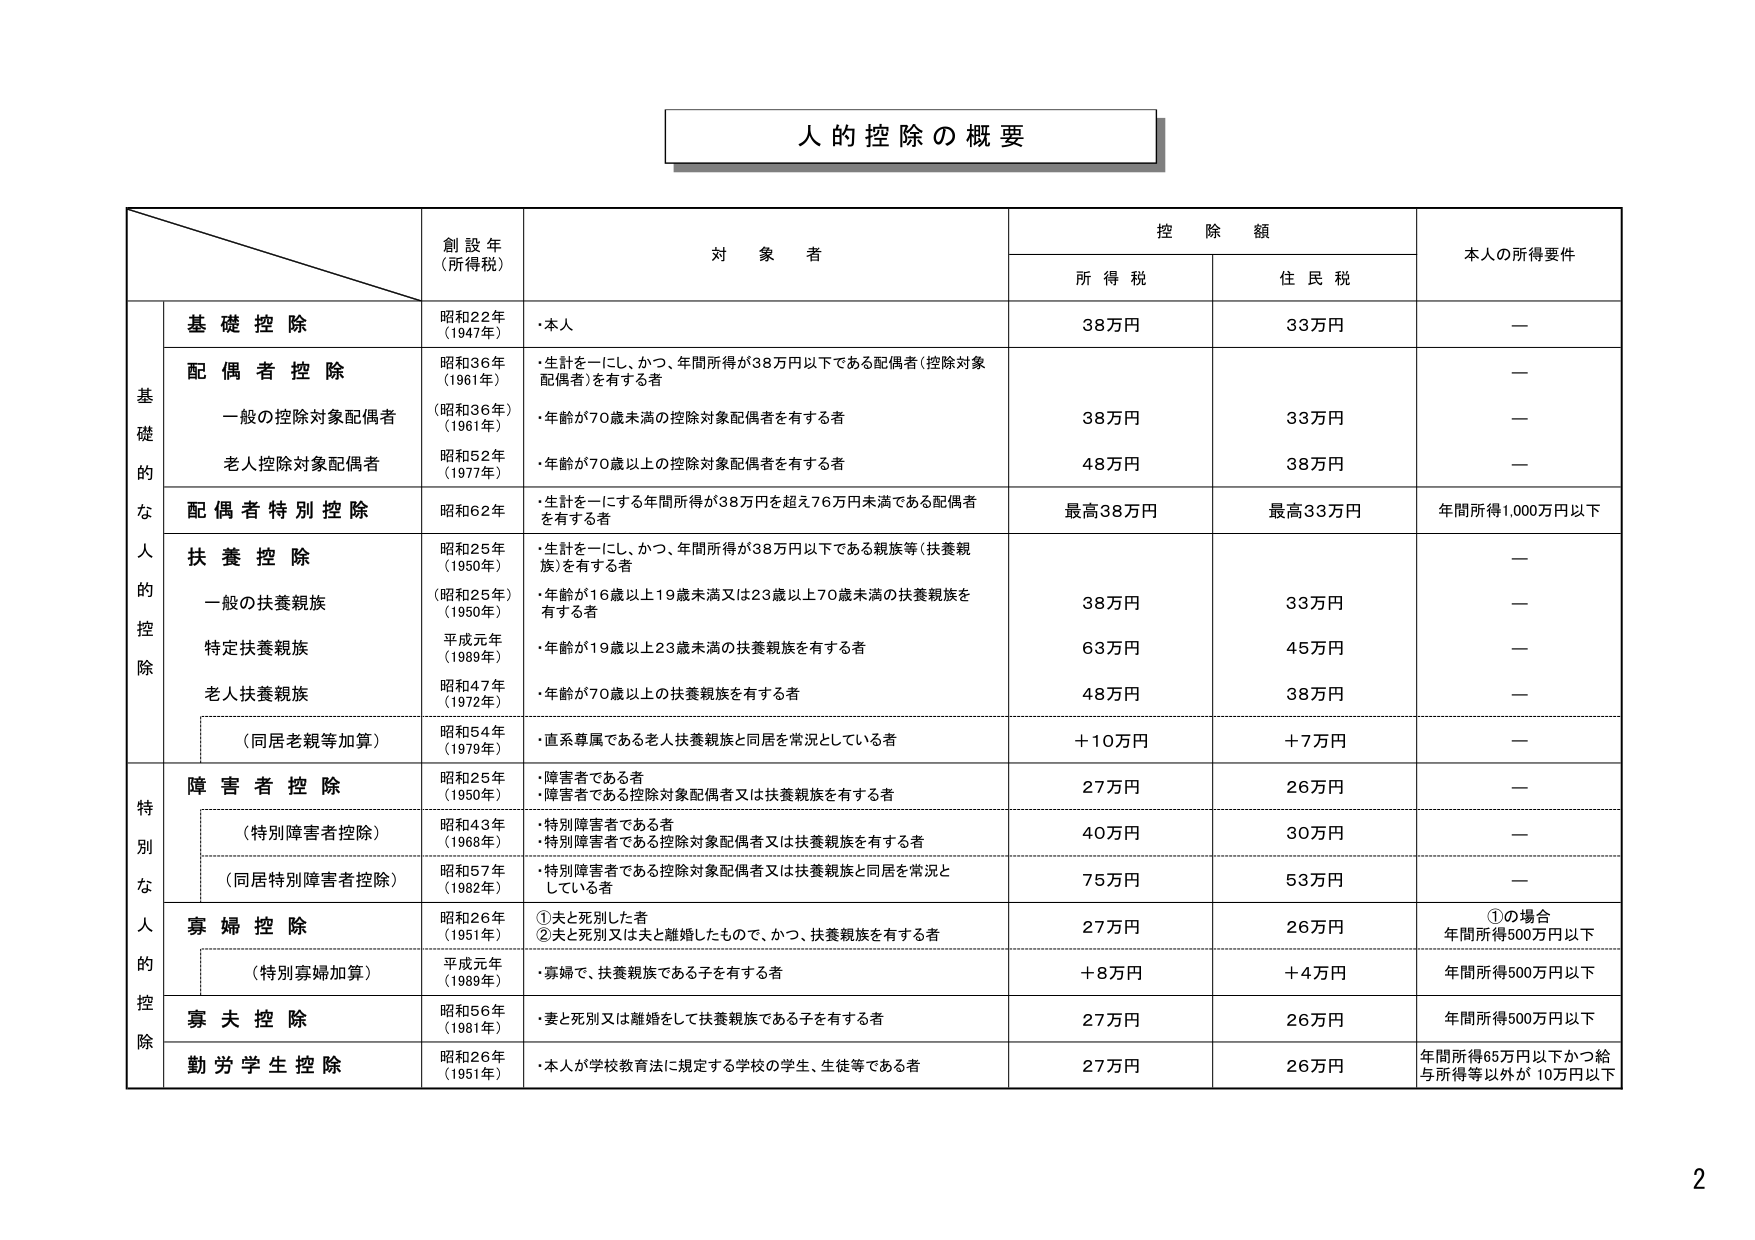
人的控除の概要

創設年
（所得税）

対象者

控除額

本人の所得要件

所得税

住民税

基礎控除

昭和22年
（1947年）

・本人

38万円

33万円

—

基礎的な人的控除

配偶者控除

昭和36年
（1961年）

・生計を一にし、かつ、年間所得が38万円以下である配偶者（控除対象配偶者）を有する者

38万円

33万円

—

一般の控除対象配偶者

（昭和36年）
（1961年）

・年齢が70歳未満の控除対象配偶者を有する者

—

老人控除対象配偶者

昭和52年
（1977年）

・年齢が70歳以上の控除対象配偶者を有する者

48万円

38万円

—

配偶者特別控除

昭和62年

・生計を一にする年間所得が38万円を超え76万円未満である配偶者を有する者

最高38万円

最高33万円

年間所得1,000万円以下

扶養控除

昭和25年
（1950年）

・生計を一にし、かつ、年間所得が38万円以下である親族等（扶養親族）を有する者

38万円

33万円

—

一般の扶養親族

（昭和25年）
（1950年）

・年齢が16歳以上19歳未満又は23歳以上70歳未満の扶養親族を有する者

—

特定扶養親族

平成元年
（1989年）

・年齢が19歳以上23歳未満の扶養親族を有する者

63万円

45万円

—

老人扶養親族

昭和47年
（1972年）

・年齢が70歳以上の扶養親族を有する者

48万円

38万円

—

（同居老親等加算）

昭和54年
（1979年）

・直系尊属である老人扶養親族と同居を常況としている者

＋10万円

＋7万円

—

特別な人的控除

障害者控除

昭和25年
（1950年）

・障害者である者
・障害者である控除対象配偶者又は扶養親族を有する者

27万円

26万円

—

（特別障害者控除）

昭和43年
（1968年）

・特別障害者である者
・特別障害者である控除対象配偶者又は扶養親族を有する者

40万円

30万円

—

（同居特別障害者控除）

昭和57年
（1982年）

・特別障害者である控除対象配偶者又は扶養親族と同居を常況としている者

75万円

53万円

—

寡婦控除

昭和26年
（1951年）

①夫と死別した者
②夫と死別又は夫と離婚したもので、かつ、扶養親族を有する者

27万円

26万円

①の場合
年間所得500万円以下

（特別寡婦控除）

平成元年
（1989年）

・寡婦で、扶養親族である子を有する者

＋8万円

＋4万円

年間所得500万円以下

寡夫控除

昭和56年
（1981年）

・妻と死別又は離婚をして扶養親族である子を有する者

27万円

26万円

年間所得500万円以下

勤労学生控除

昭和26年
（1951年）

・本人が学校教育法に規定する学校の学生、生徒等である者

27万円

26万円

年間所得65万円以下かつ給与所得等以外が10万円以下

2